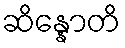
ဆိန္နောတိ